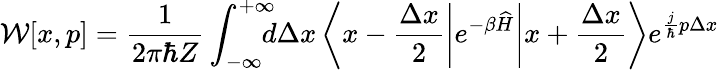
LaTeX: \mathcal{W}[x,p]=\frac{1}{2\pi\hbar Z}\int_{-\infty}^{+\infty}\! \! \! \! d\Delta x\left<x-\frac{\Delta x}{2}\middle|e^{-\beta\widehat{H}}\middle|x+\frac{\Delta x}{2}\right>e^{\frac{j}{\hbar}p\Delta x}